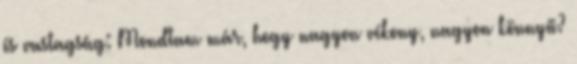
és vastagság: Mondtam már, hogy nagyon vékony, nagyon könnyű?